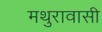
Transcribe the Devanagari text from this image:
मथुरावासी